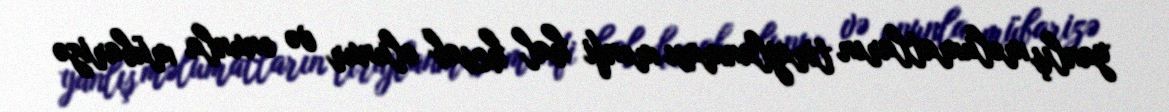
yanlış məlumatların tirajlanması mənfi hal hesab olunur və onunla mübarizə